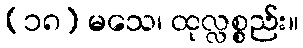
(၁၈) မသေ၊ ထုလ္လစ္စည်း။